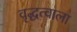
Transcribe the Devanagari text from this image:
वृद्धत्वाला